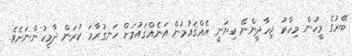
ބޭރުގެ މީހުން މިހާރު ޖިހާދީންނޭ ކިޔަނީ އެއްޤައުމުން އަނެއްޤައުމަށް ހަނގުރާމަ ކުރަން ދާމީހުންނަށެވެ.